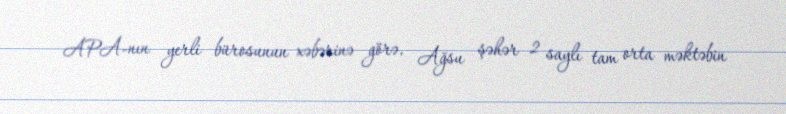
APA-nın yerli bürosunun xəbərinə görə, Ağsu şəhər 2 saylı tam orta məktəbin